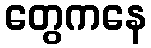
တွေကနေ